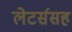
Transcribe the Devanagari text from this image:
लेटर्ससह